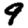
Digit: 9